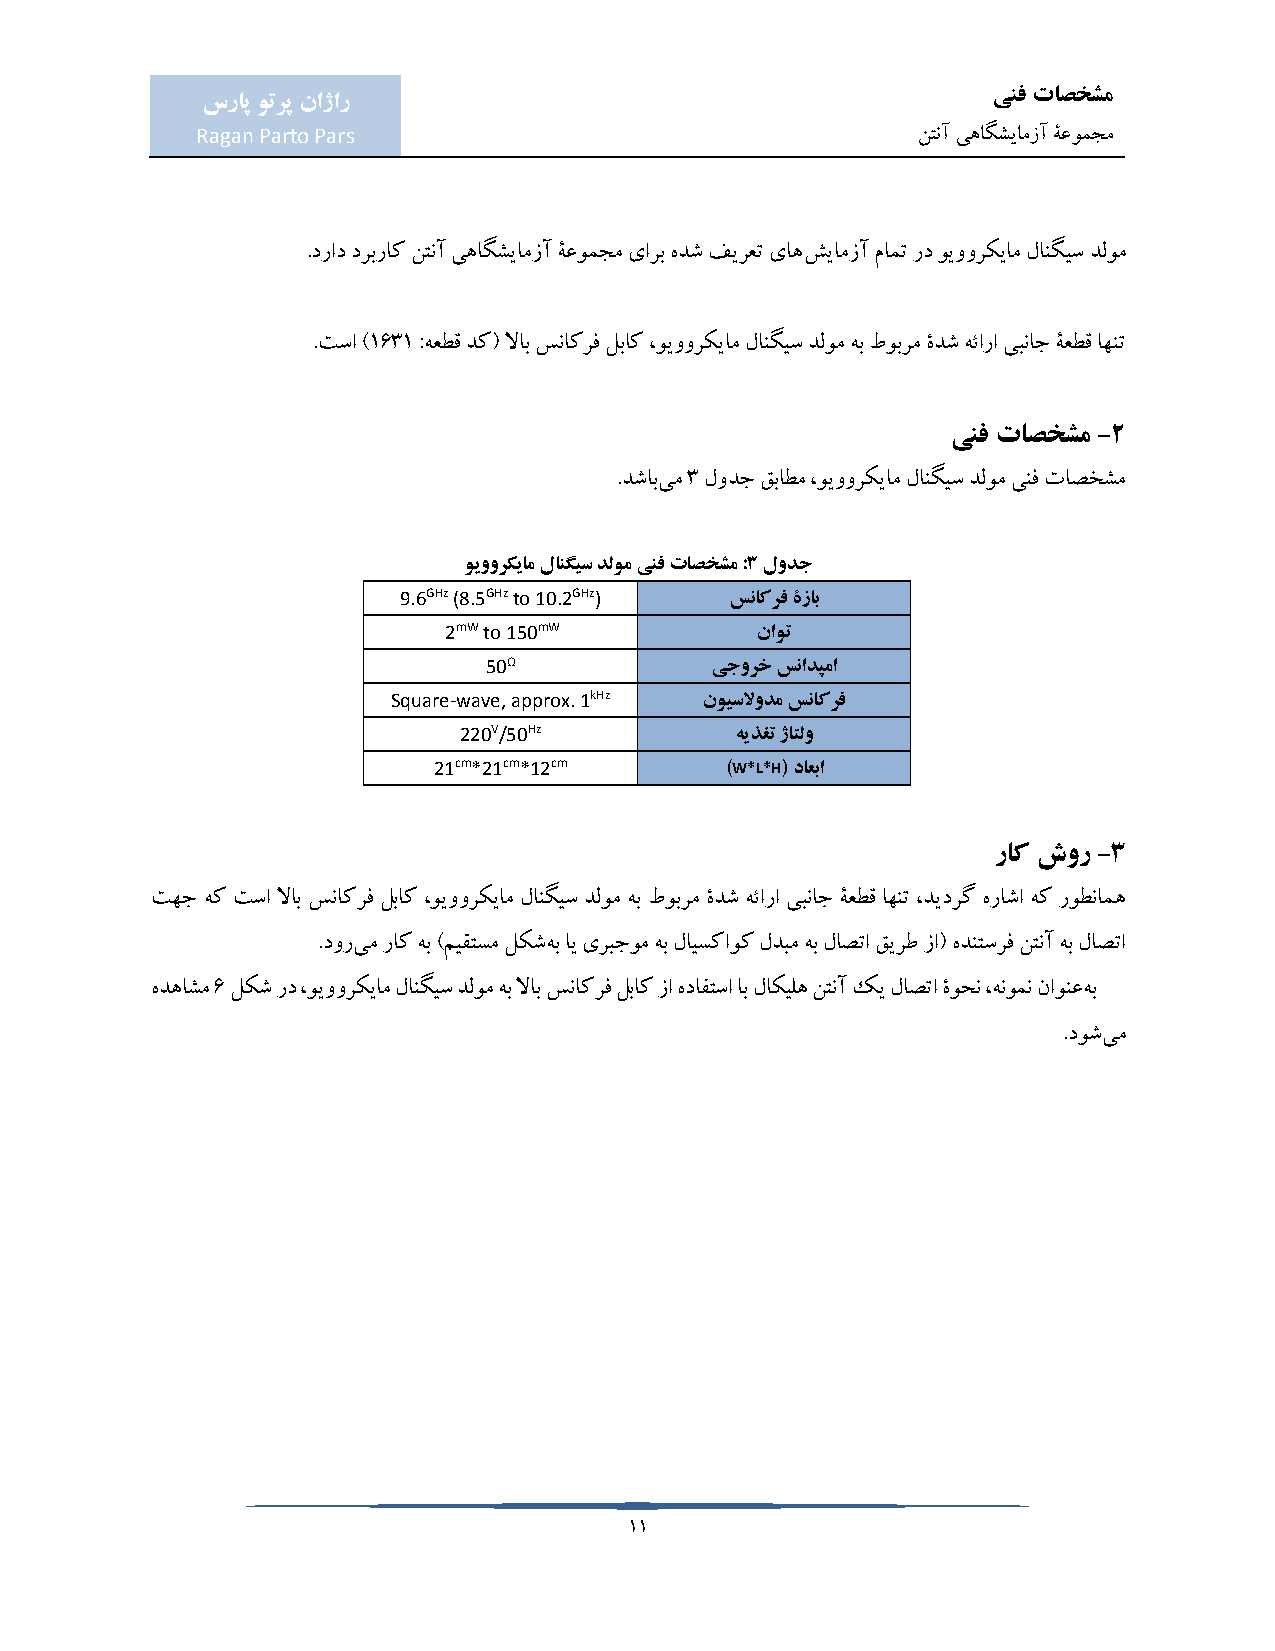
ینف تاصخشم
 سراپ وترپ ناژار
 Ragan Parto Pars                                نتنآ یهاگشیامزآ ۀعومجم
 .دراد دربراک نتنآ یهاگشیامزآ ۀعومجم یارب هدش فیرعت یاهشیامزآ مامت رد ویوورکیام لانگیس دلوم
 .تسا )1631 :هعطق دک( لااب سناکرف لباک ،ویوورکیام لانگیس دلوم هب طوبرم ۀدش هئارا یبناج ۀعطق اهنت
 ینف تاصخشم -2
 .دشابیم 3 لودج قباطم ،ویوورکیام لانگیس دلوم ینف تاصخشم
 ویوورکیام لانگیس دلوم ینف تاصخشم :3 لودج
 9.6GHz (8.5GHz to 10.2GHz) سناکرف ۀزاب
 2mW to 150mW         ناوت
 50Ω            یجورخ سنادپما
 Square-wave, approx. 1kHz نویسلاودم سناکرف
 220V/50Hz          هیذغت ژاتلو
 21cm*21cm*12cm     )W*L*H( داعبا
 راک شور -3
 تهج هک تسا لااب سناکرف لباک ،ویوورکیام لانگیس دلوم هب طوبرم ۀدش هئارا یبناج ۀعطق اهنت ،دیدرگ هراشا هک روطنامه
 .دوریم راک هب )میقتسم لکشهب ای یربجوم هب لایسکاوک لدبم هب لاصتا قیرط زا( هدنتسرف نتنآ هب لاصتا
 هدهاشم 6 لکش رد ،ویوورکیام لانگیس دلوم هب لااب سناکرف لباک زا هدافتسا اب لاکیله نتنآ کی لاصتا ۀوحن ،هنومن ناونعهب
 .دوشیم
 11